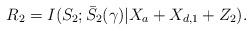
LaTeX: \begin{align*}R_2=I(S_2;\bar{S}_2(\gamma)|X_a+X_{d,1}+Z_2).\end{align*}